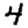
Digit: 4